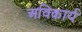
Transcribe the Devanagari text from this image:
अविकार्य